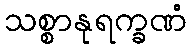
သစ္စာနုရက္ခဏံ